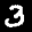
Label: 3